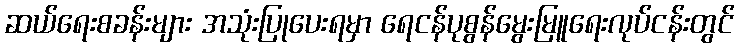
ဆယ်ရေးစခန်းများ အသုံးပြုပေးရမှာ ရေငန်ပုစွန်မွေးမြူရေးလုပ်ငန်းတွင်